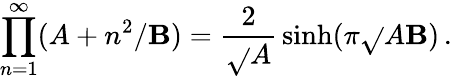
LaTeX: \prod_{n=1}^{\infty}(A+n^{2}/\mathbf{B})={\frac{{2}}{{\sqrt{}{{A}}}}}\sinh(\pi\sqrt{}{{A\mathbf{B}}})\, .